Civil Veterinary Department. Madras. Admin. report 1926-33 - 1926-1933
Year: 1926
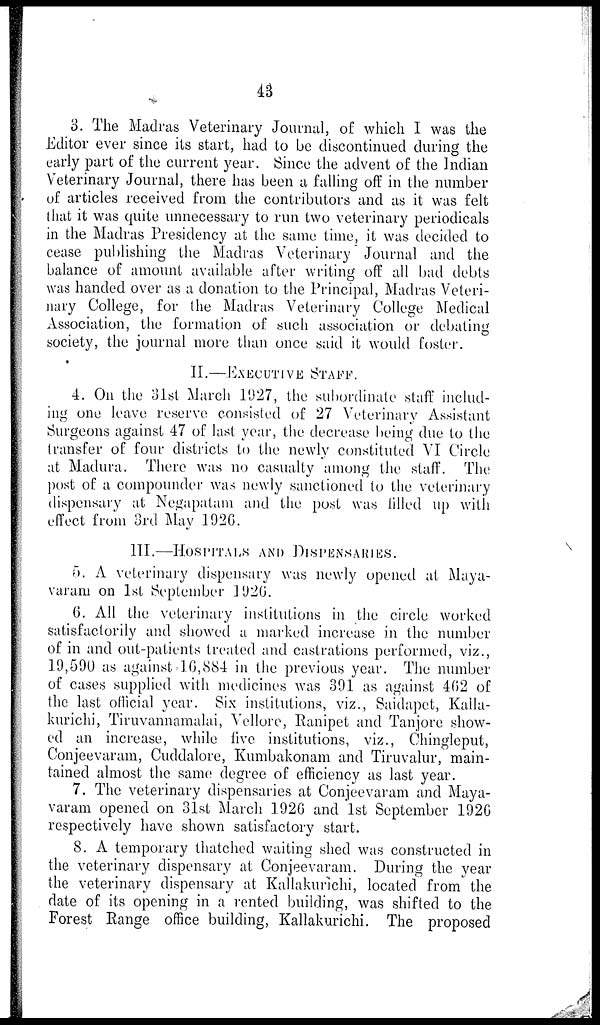
43
3. The Madras Veterinary Journal, of which I was the
Editor ever since its start, had to be discontinued during the
early part of the current year. Since the advent of the Indian
Veterinary Journal, there has been a falling off in the number
of articles received from the contributors and as it was felt
that it was quite unnecessary to run two veterinary periodicals
in the Madras Presidency at the same time, it was decided to
cease publishing the Madras Veterinary Journal and the
balance of amount available after writing off all bad debts
was handed over as a donation to the Principal, Madras Veteri-
nary College, for the Madras Veterinary College Medical
Association, the formation of such association or debating
society, the journal more than once said it would foster.
II.—EXECUTIVE STAFF.
4. On the 31st March 1927, the subordinate staff includ-
ing one leave reserve consisted of 27 Veterinary Assistant
Surgeons against 47 of last year, the decrease being due to the
transfer of four districts to the newly constituted VI Circle
at Madura. There was no casualty among the staff. The
post of a compounder was newly sanctioned to the veterinary
dispensary at Negapatam and the post was filled up with
effect from 3rd May 1920.
III.—HOSPITALS AND DISPENSARIES.
5. A veterinary dispensary was newly opened at Maya-
varam on 1st September 1926.
6. All the veterinary institutions in the circle worked
satisfactorily and showed a marked increase in the number
of in and out-patients treated and castrations performed, viz.,
19,590 as against 16,884 in the previous year. The number
of cases supplied with medicines was 391 as against 402 of
the last official year. Six institutions, viz., Saidapet, Kalla-
kurichi, Tiruvannamalai, Vellore, Ranipet and Tanjore show-
ed an increase, while five institutions, viz., Chingleput,
Conjeevaram, Cuddalore, Kumbakonam and Tiruvalur, main-
tained almost the same degree of efficiency as last year.
7. The veterinary dispensaries at Conjeevaram and Maya-
varam opened on 31st March 1926 and 1st September 1926
respectively have shown satisfactory start.
8. A temporary thatched waiting shed was constructed in
the veterinary dispensary at Conjeevaram. During the year
the veterinary dispensary at Kallakurichi, located from the
date of its opening in a rented building, was shifted to the
Forest Range office building, Kallakurichi. The proposed